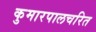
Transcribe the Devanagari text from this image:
कुमारपालचरित